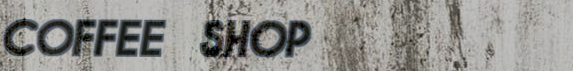
COFFEE SHOP